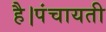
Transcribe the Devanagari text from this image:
है।पंचायती